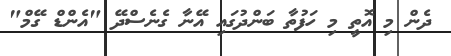
ދެން މި އޮތީ މި ހަފުތާ ބަންދުގައި އޭނާ ގެނެސްދޭ "އެންޑް ގޭމް"